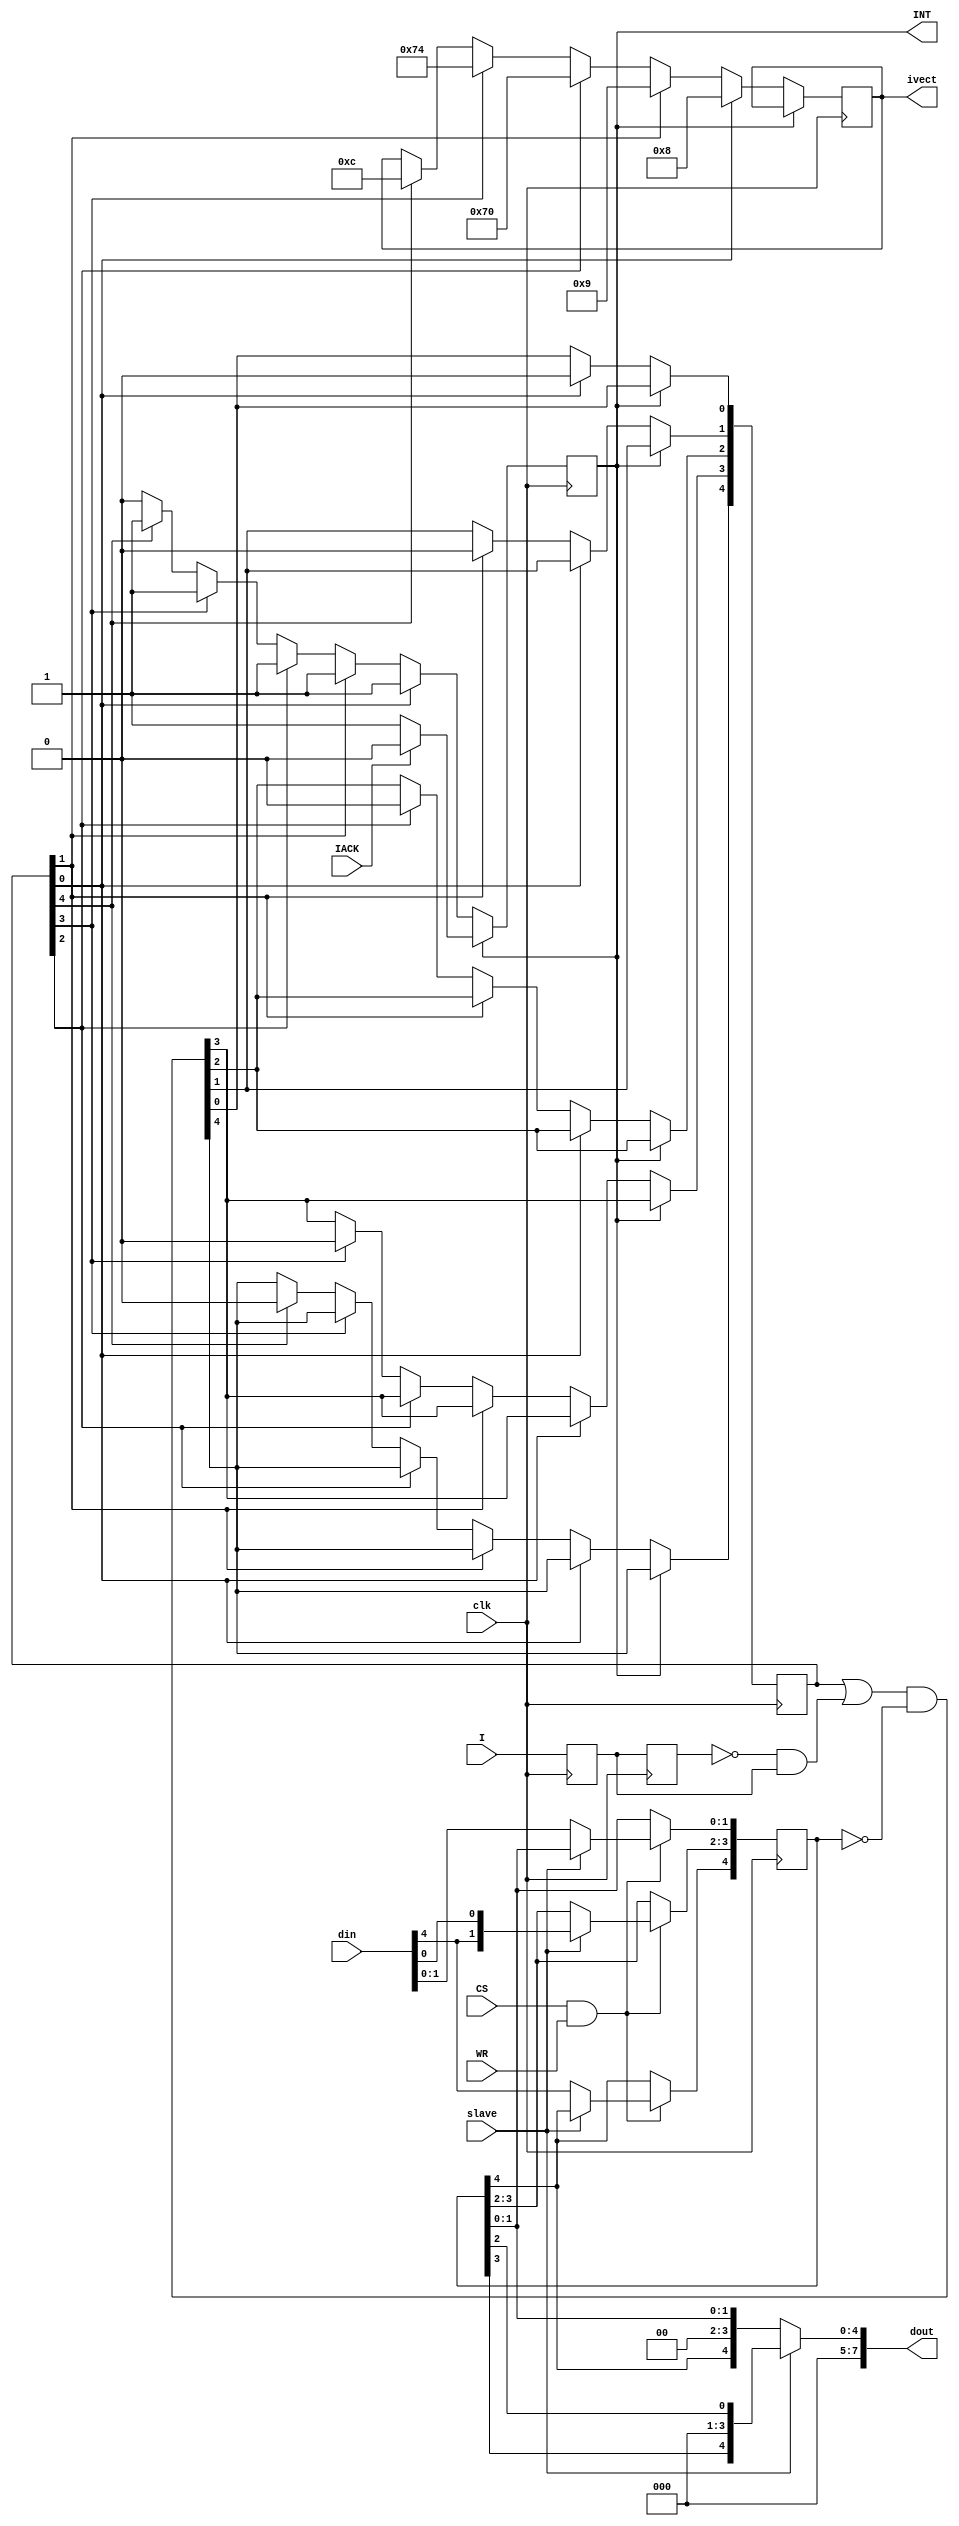
//////////////////////////////////////////////////////////////////////////////////
//
// This file is part of the Next186 Soc PC project
// http://opencores.org/project,next186
//
// Description: Part of the Next186 SoC PC project, PIC controller
// 	8259 simplified interrupt controller (only interrupt mask can be read, not IRR or ISR, no EOI required)
// Version 1.0
//
//
/////////////////////////////////////////////////////////////////////////////////
// 
// Copyright (C) 2012 Nicolae Dumitrache
// 
// This source file may be used and distributed without 
// restriction provided that this copyright statement is not 
// removed from the file and that any derivative work contains 
// the original copyright notice and the associated disclaimer.
// 
// This source file is free software; you can redistribute it 
// and/or modify it under the terms of the GNU Lesser General 
// Public License as published by the Free Software Foundation;
// either version 2.1 of the License, or (at your option) any 
// later version. 
// 
// This source is distributed in the hope that it will be 
// useful, but WITHOUT ANY WARRANTY; without even the implied 
// warranty of MERCHANTABILITY or FITNESS FOR A PARTICULAR 
// PURPOSE. See the GNU Lesser General Public License for more 
// details. 
// 
// You should have received a copy of the GNU Lesser General 
// Public License along with this source; if not, download it 
// from http://www.opencores.org/lgpl.shtml 
// 
///////////////////////////////////////////////////////////////////////////////////
// Additional Comments: 
// http://wiki.osdev.org/8259_PIC
//////////////////////////////////////////////////////////////////////////////////

`timescale 1ns / 1ps

module PIC_8259(
    input CS,
	 input WR,
	 input [7:0]din,
	 input slave,
	 output wire [7:0]dout,
	 output reg [7:0]ivect,
	 input clk,		// cpu CLK
	 output reg INT = 0,
	 input IACK,
	 input [4:0]I	// 0:timer, 1:keyboard, 2:RTC, 3:mouse, 4:COM1
    );
	 
	reg [4:0]ss_I = 0;
	reg [4:0]s_I = 0;
	reg [4:0]IMR = 5'b11111;
	reg [4:0]IRR = 0;
	
	assign dout = slave ? {3'b000, IMR[3], 3'b000, IMR[2]} : {3'b000, IMR[4], 2'b00, IMR[1:0]};
	
	always @ (posedge clk) begin
		ss_I <= I;
		s_I <= ss_I;
		IRR <= (IRR | (~s_I & ss_I)) & ~IMR;	// front edge detection
		if(~INT) begin
			if(IRR[0]) begin //timer
				INT <= 1'b1; 
				ivect <= 8'h08;
				IRR[0] <= 1'b0;
			end else if(IRR[1]) begin  // keyboard
				INT <= 1'b1; 
				ivect <= 8'h09; 
				IRR[1] <= 1'b0;
			end else if(IRR[2]) begin  // RTC
				INT <= 1'b1; 
				ivect <= 8'h70; 
				IRR[2] <= 1'b0;
			end else if(IRR[3]) begin // mouse
				INT <= 1'b1; 
				ivect <= 8'h74; 
				IRR[3] <= 1'b0;
			end else if(IRR[4]) begin // COM1
				INT <= 1'b1;
				ivect <= 8'h0c;
				IRR[4] <= 1'b0;
			end
		end else if(IACK) INT <= 1'b0;	// also act as Auto EOI
		
		if(CS & WR) 
			if(slave) IMR[3:2] <= {din[4], din[0]};
			else {IMR[4], IMR[1:0]} <= {din[4], din[1:0]};
	end
	

endmodule